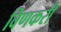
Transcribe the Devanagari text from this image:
विणकरी